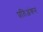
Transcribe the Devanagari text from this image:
प्रतिअंकन